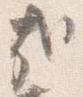
哉